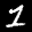
Label: 1